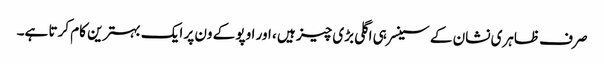
صرف ظاہری نشان کے سینسر ہی اگلی بڑی چیز ہیں ، اور اوپو کے ون پر ایک بہترین کام کرتا ہے۔